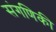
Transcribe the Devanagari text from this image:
संगणिकी